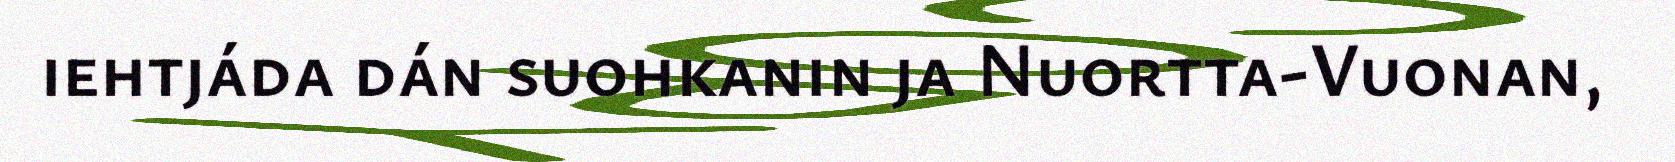
iehtjáda dán suohkanin ja Nuortta-Vuonan,